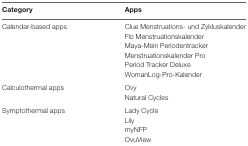
<table><thead><tr><td><b>Category</b></td><td><b>Apps</b></td></tr></thead><tbody><tr><td>Calendar-based apps</td><td>Clue Menstruations- und ZykluskalenderFlo MenstruationskalenderMaya-Mein PeriodentrackerMenstruationskalender ProPeriod Tracker DeluxeWomanLog-Pro-Kalender</td></tr><tr><td>Calculothermal apps</td><td>OvyNatural Cycles</td></tr><tr><td>Symptothermal apps</td><td>Lady CycleLilymyNFPOvuView</td></tr></tbody></table>